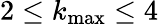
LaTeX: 2\leq k_{\operatorname*{max}}\leq 4